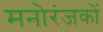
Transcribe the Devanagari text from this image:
मनोरंजकों